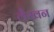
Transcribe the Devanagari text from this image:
लैखन